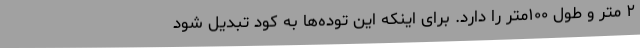
۲ متر و طول ۱۰۰متر را دارد. برای اینکه این توده‌ها به کود تبدیل شود